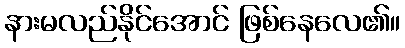
နားမလည်နိုင်အောင် ဖြစ်နေလေ၏။